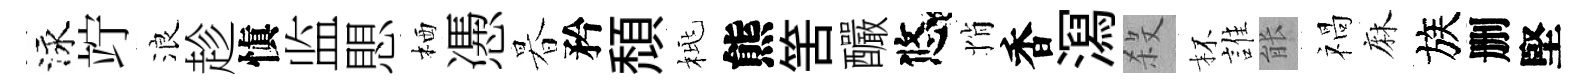
泳竚浪趁愼监愳栖慿暮矜頹桃熊筈釅悠悄香㵼殺杯誰䏻禍麻族删堅